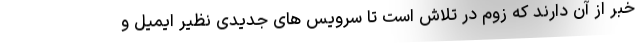
خبر از آن دارند که زوم در تلاش است تا سرویس های جدیدی نظیر ایمیل و